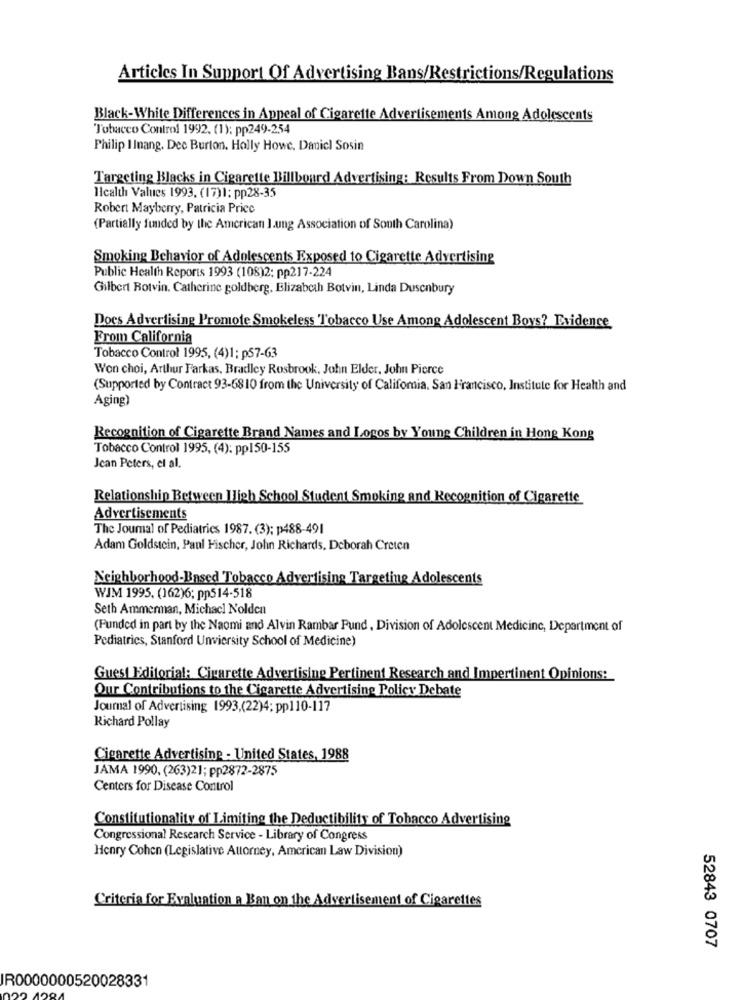
Articles In Support Of Advertising Bans/Restrictions/Regulations
Black-White Differences in Appeal of Cigarette Advertisements Among Adolescents
Tobacco Control 1992. (1): pp249-254
Philip I Inang. Dee Burton. Holly Howe, Daniel Sosin
Targeting Blacks in Cigarette Billboard Advertising: Results From Down South
Health Values 1993, (17)1: pp28-35
Robert Mayberry, Patricia Price
(Partially funded by the American lung Association of South Carolina)
Smoking Behavior of Adolescents Exposed to Cigarette Advertising
Public Health Reports 1993 (108)2: pp217-224
Gilbert Botvin. Catherine goldberg. Elizabeth Botvin, Linda Dusenbury
Docs Advertising Promote Smokeless Tobacco Use Among Adolescent Boys? Evidence
From California
Tobacco Control 1995, (4)1: p57-63
Won choi, Arthur Farkas, Bradley Rosbrook, John Elder, John Pierce
(Supported by Contract 93-6810 from the University of California, San Francisco, Institute for Health and
Aging)
Recognition of Cigarette Brand Names and Logos by Young Children in Hong Kong
Tobacco Control 1995, (4): pp150-155
Jean Peters, et al.
Relationship Between High School Student Smoking and Recognition of Cigarette
Advertisements
The Journal of Pediatrics 1987. (3); p488-491
Adam Goldstein, Paul Fischer, John Richards, Deborah Creten
Neighborhood-Based Tobacco Advertising Targeting Adolescents
WJM 1995. (162)6; pp514-518
Seth Ammerman, Michacl Nolden
(Funded in part by the Naomi and Alvin Rambar Fund , Division of Adolescent Medicine, Department of
Pediatrics, Stanford Unviersity School of Medicine)
Guest Editorial: Cigarette Advertising Pertinent Research and Impertinent Opinions:
Our Contributions to the Cigarette Advertising Policy Debate
Journal of Advertising 1993,(22)4; pp110-117
Richard Pollay
Cigarette Advertising - United States, 1988
JAMA 1990, (263)21; pp2872-2875
Centers for Disease Control
Constitutionality of Limiting the Deductibility of Tobacco Advertising
Congressional Research Service - Library of Congress
Henry Cohen (Legislative Attorney, American Law Division)
Criteria for Evaluation e Ban on the Advertisement of Cigarettes
52843 0707
IR0000000520028331